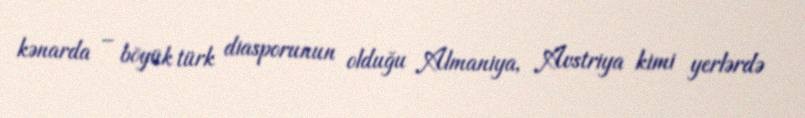
kənarda – böyük türk diasporunun olduğu Almaniya, Avstriya kimi yerlərdə